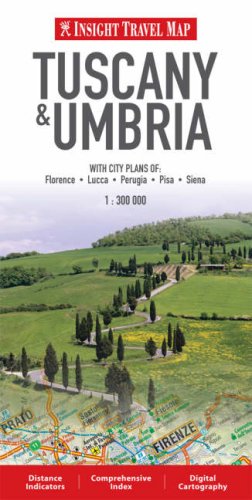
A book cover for Insight Travel Maps: Tuscany & Umbria; Travel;